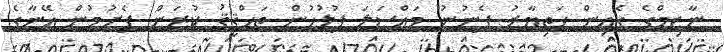
ނާޒިމްގެ ގެއިން ހަތިޔާރު ފެނުނު މައްސަލަ ފުލުހުން ތަހްޤީޤު ކުރަން ފެށުމުން އޭނާގެ